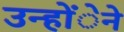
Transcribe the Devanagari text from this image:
उन्होंेने